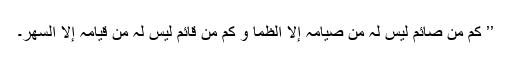
’’ کم من صائم لیس لہٗ من صیامہٖ إلا الظمأ و کم من قائم لیس لہٗ من قیامہٖ إلا السَھر۔